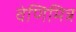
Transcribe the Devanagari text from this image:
वेणिमित्र